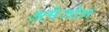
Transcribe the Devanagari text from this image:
अमेजोन